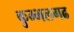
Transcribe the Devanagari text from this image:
कुम्‍भलगढ